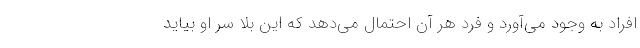
افراد به وجود می‌آورد و فرد هر آن احتمال می‌دهد که این بلا سر او بیاید